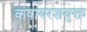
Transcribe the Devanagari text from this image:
कषायरशयुक्त